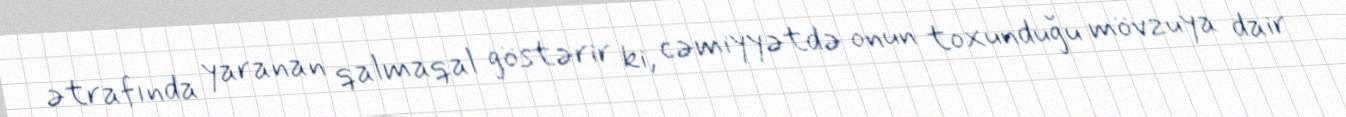
ətrafında yaranan qalmaqal göstərir ki, cəmiyyətdə onun toxunduğu mövzuya dair